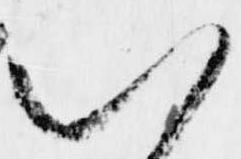
以